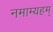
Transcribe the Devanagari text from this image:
नमाम्यहम्‌